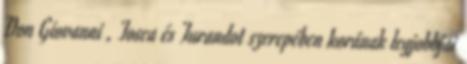
Don Giovanni , Tosca és Turandot szerepében korának legjobbjai